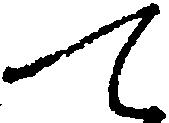
て